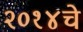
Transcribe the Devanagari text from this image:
२०१४चे